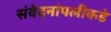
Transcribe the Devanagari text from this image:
संवेदनांपलीकडे